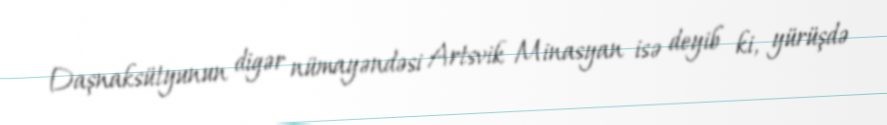
Daşnaksütyunun digər nümayəndəsi Artsvik Minasyan isə deyib ki, yürüşdə